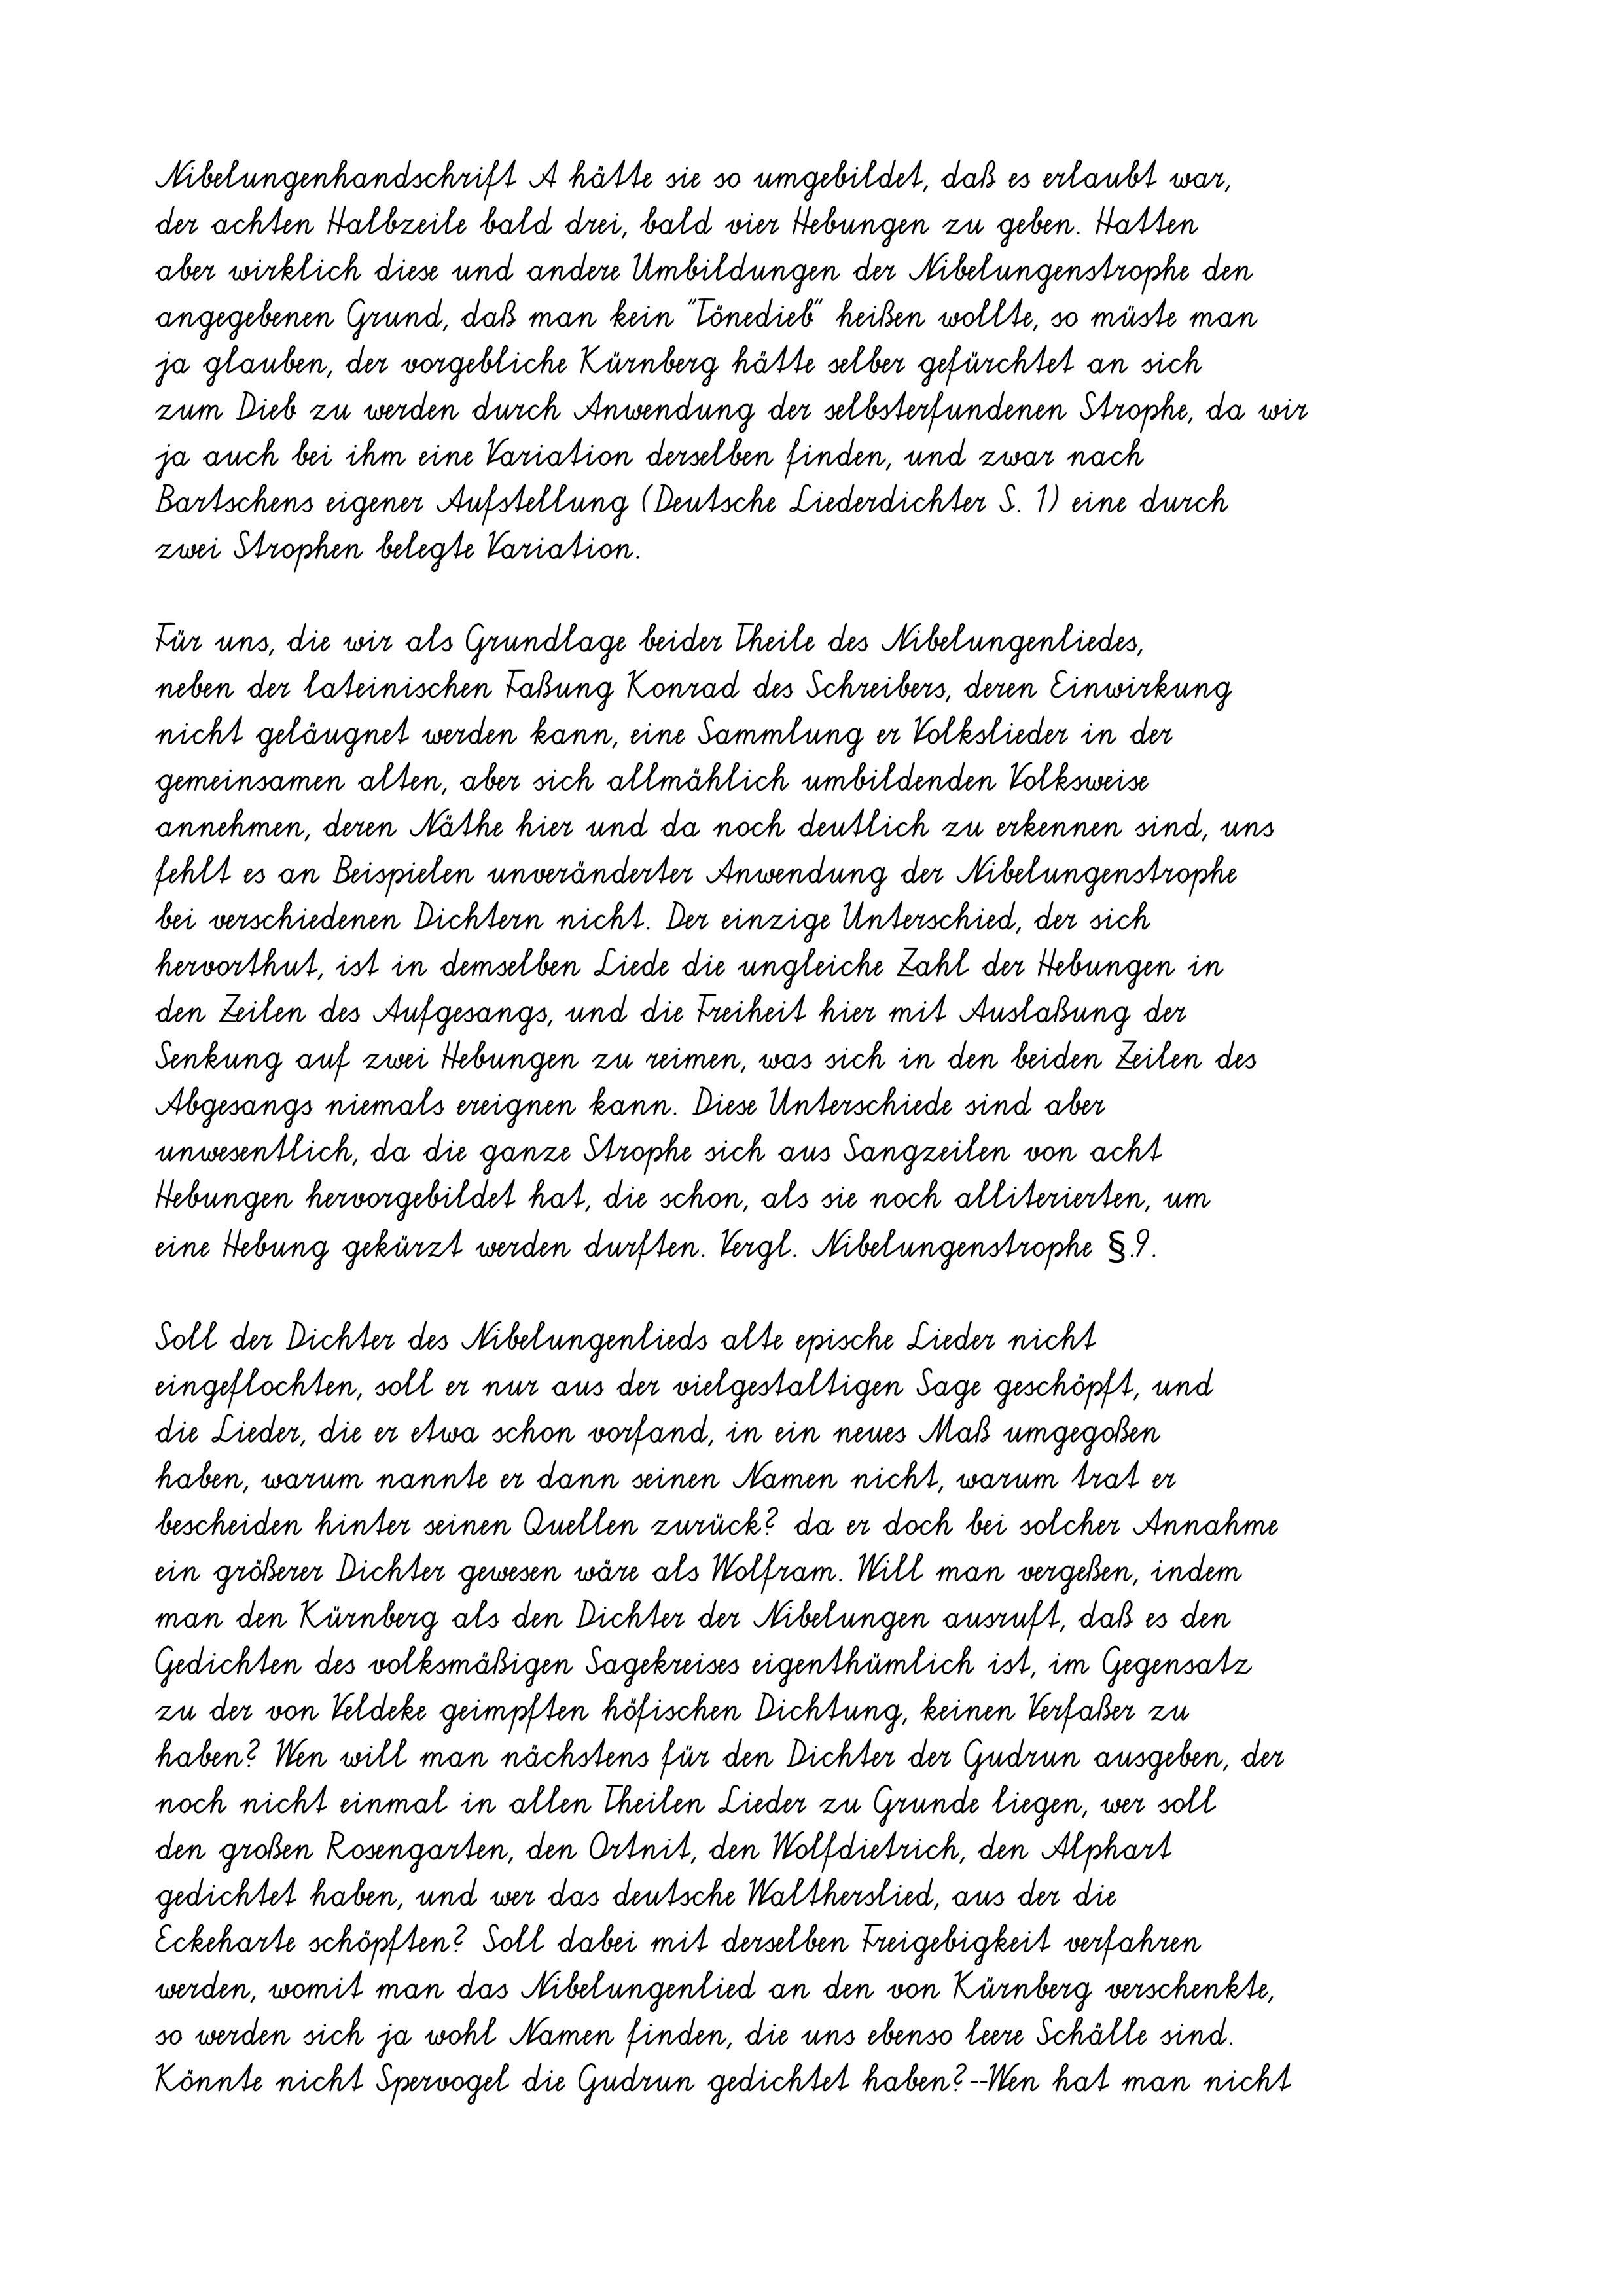
Nibelungenhandschrift A hätte sie so umgebildet, daß es erlaubt war,
der achten Halbzeile bald drei, bald vier Hebungen zu geben. Hatten
aber wirklich diese und andere Umbildungen der Nibelungenstrophe den
angegebenen Grund, daß man kein "Tönedieb" heißen wollte, so müste man
ja glauben, der vorgebliche Kürnberg hätte selber gefürchtet an sich
zum Dieb zu werden durch Anwendung der selbsterfundenen Strophe, da wir
ja auch bei ihm eine Variation derselben finden, und zwar nach
Bartschens eigener Aufstellung (Deutsche Liederdichter S. 1) eine durch
zwei Strophen belegte Variation.
Für uns, die wir als Grundlage beider Theile des Nibelungenliedes,
neben der lateinischen Faßung Konrad des Schreibers, deren Einwirkung
nicht geläugnet werden kann, eine Sammlung er Volkslieder in der
gemeinsamen alten, aber sich allmählich umbildenden Volksweise
annehmen, deren Näthe hier und da noch deutlich zu erkennen sind, uns
fehlt es an Beispielen unveränderter Anwendung der Nibelungenstrophe
bei verschiedenen Dichtern nicht. Der einzige Unterschied, der sich
hervorthut, ist in demselben Liede die ungleiche Zahl der Hebungen in
den Zeilen des Aufgesangs, und die Freiheit hier mit Auslaßung der
Senkung auf zwei Hebungen zu reimen, was sich in den beiden Zeilen des
Abgesangs niemals ereignen kann. Diese Unterschiede sind aber
unwesentlich, da die ganze Strophe sich aus Sangzeilen von acht
Hebungen hervorgebildet hat, die schon, als sie noch alliterierten, um
eine Hebung gekürzt werden durften. Vergl. Nibelungenstrophe §.9.
Soll der Dichter des Nibelungenlieds alte epische Lieder nicht
eingeflochten, soll er nur aus der vielgestaltigen Sage geschöpft, und
die Lieder, die er etwa schon vorfand, in ein neues Maß umgegoßen
haben, warum nannte er dann seinen Namen nicht, warum trat er
bescheiden hinter seinen Quellen zurück? da er doch bei solcher Annahme
ein größerer Dichter gewesen wäre als Wolfram. Will man vergeßen, indem
man den Kürnberg als den Dichter der Nibelungen ausruft, daß es den
Gedichten des volksmäßigen Sagekreises eigenthümlich ist, im Gegensatz
zu der von Veldeke geimpften höfischen Dichtung, keinen Verfaßer zu
haben? Wen will man nächstens für den Dichter der Gudrun ausgeben, der
noch nicht einmal in allen Theilen Lieder zu Grunde liegen, wer soll
den großen Rosengarten, den Ortnit, den Wolfdietrich, den Alphart
gedichtet haben, und wer das deutsche Waltherslied, aus der die
Eckeharte schöpften? Soll dabei mit derselben Freigebigkeit verfahren
werden, womit man das Nibelungenlied an den von Kürnberg verschenkte,
so werden sich ja wohl Namen finden, die uns ebenso leere Schälle sind.
Könnte nicht Spervogel die Gudrun gedichtet haben?--Wen hat man nicht